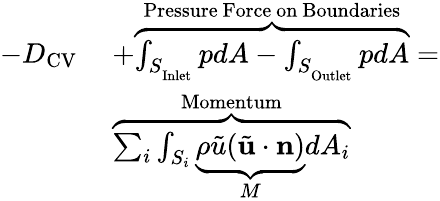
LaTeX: \begin{array}{rl}{-D_{\mathrm{CV}}\ }&{+\overbrace{\int_{S_{_\mathrm{Inlet}}}pdA-\int_{S_{_\mathrm{Outlet}}}pdA}^{\mathrm{Pressure\ Force\ on\ Boundaries}}=}\\ &{\overbrace{\sum_{i}\int_{S_{i}}\underbrace{\rho\tilde{u}(\tilde{\mathbf{u}}\cdot\mathbf{n})}_{M}dA_{i}}^{\mathrm{Momentum}}}\end{array}